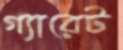
গ্যারেট